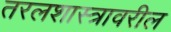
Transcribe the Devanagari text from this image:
तरलशास्त्रावरील